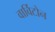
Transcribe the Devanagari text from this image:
वार्विटोन